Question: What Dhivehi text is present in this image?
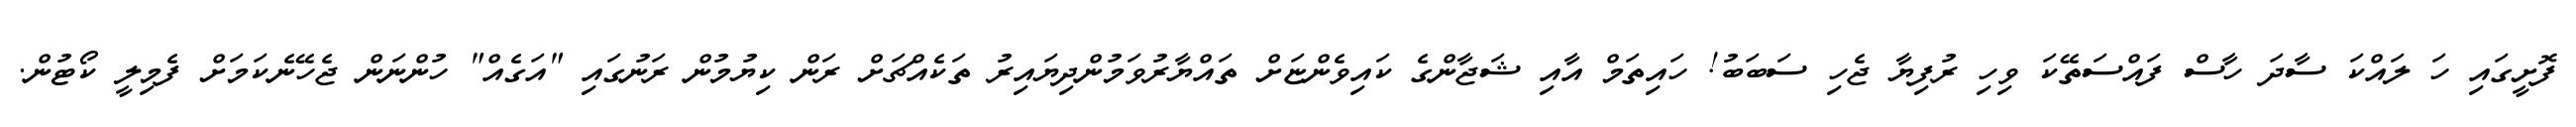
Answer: ފޮށީގައި ހަ ލައްކަ ސާދަ ހާސް ފައްސަތޭކަ ވިހި ރުފިޔާ ޖެހި ސަބަބު! ހައިތަމް އާއި ޝަޖާންގެ ކައިވެންޏަށް ތައްޔާރުވަމުންދިޔައިރު ތަކެއްޗަށް ރަން ކިޔުމުން ރަނުގައި "އަގެއް" ހުންނަން ޖެހޭނެކަމަށް ފެމިލީ ކޯޓުން.